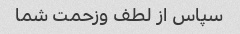
سپاس از لطف وزحمت شما